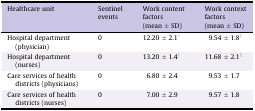
| Healthcare unit | Sentinel events | Work content factors(mean ± SD) | Work context factors(mean ± SD) |
 | --- | --- | --- | --- |
 | Hospital department (physician) | 0 | 12.20 ± 2.1∗ | 9.54 ± 1.8‡ |
 | Hospital department (nurses) | 0 | 13.20 ± 1.4† | 11.68 ± 2.1§ |
 | Care services of health districts (physicians) | 0 | 6.80 ± 2.4 | 9.53 ± 1.7 |
 | Care services of health districts (nurses) | 0 | 7.00 ± 2.9 | 9.57 ± 1.8 |